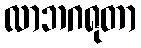
လာဘဂရုတာ